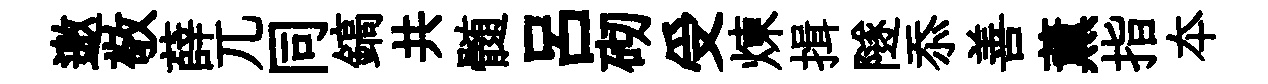
邀敬薛兀同鎬共髄呂砌受煉揖隧忝善薰指夲